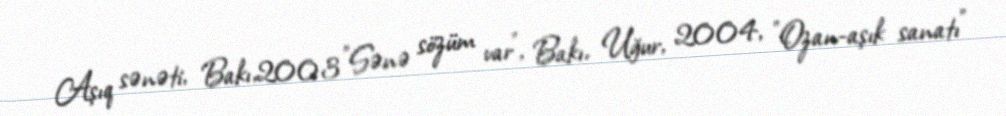
Aşıq sənəti, Bakı,2003 "Sənə sözüm var", Bakı, Uğur, 2004, "Ozan-aşık sanatı"